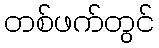
တစ်ဖက်တွင်